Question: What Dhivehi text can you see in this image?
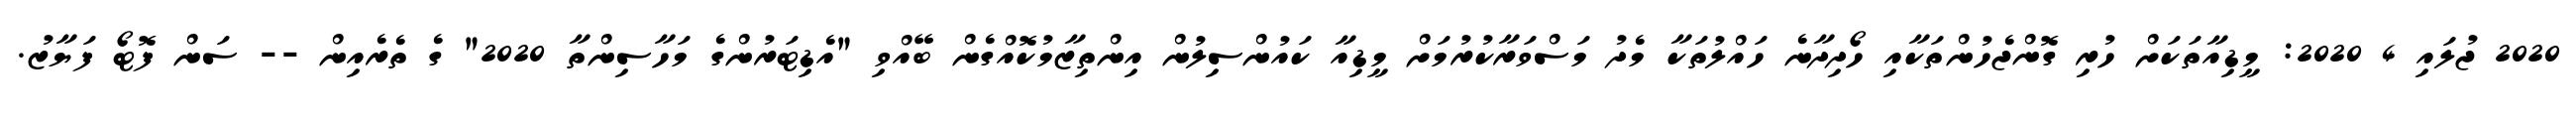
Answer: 2020 ޖުލައި 4 2020: މީޑިއާތަކަށް ހުރި ގޮންޖެހުންތަކާއި ހޯދިދާނެ ހައްލުތަކާ މެދު މަސްވަރާކުރުމަށް މީޑިއާ ކައުންސިލުން އިންތިޒާމުކޮއްގެން ބޭއްވި "އެޑިޓަރުންގެ މަހާސިންތާ 2020" ގެ ތެރެއިން -- ސަން ފޮޓޯ ފަޔާޒު.